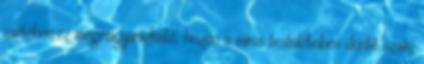
esetében ez megmagyarázható, hiszen a város testületeiben döntő szavú